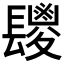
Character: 𮤆